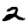
Digit: 2